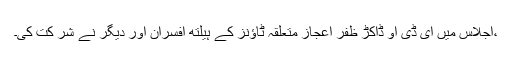
،اجلاس میں ای ڈی او ڈاکڑ ظفر اعجاز متعلقہ ٹاؤنز کے ہیلتھ افسران اور دیگر نے شر کت کی۔